system: You are a helpful assistant.
user:
Analyze the provided spectrum to determine if it is a **S-type Star**.

- **Key Indicators for S-type Star:**

    - **(Overall Spectrum Shape):** The first and most obvious characteristic is the overall continuum (the "baseline" shape). It is **extremely "red-sloping,"** meaning the flux (light intensity) is very low on the left side (blue, ~4000-4500 Å) and rises steeply and continuously toward the right side (red, ~7000 Å+).

    - **(Primary):** The spectrum is defined by the presence of strong, broad molecular absorption "valleys" (bands) from **Zirconium Oxide (ZrO)**. The identification of these bands is the **primary requirement** for classifying a star as S-type.
        - **(Key Bandheads):** You must find distinct, deep "dips" where the light has been absorbed. The most critical band systems to locate are:
            - **~6474 Å** ($\gamma$-system): This is often the strongest and clearest ZrO feature, found in the red part of the spectrum.
            - **~5718 Å** & **~5551 Å** ($\beta$-system): A pair of prominent absorption features in the yellow-orange part of the spectrum.
            - **~4640 Å** ($\alpha$-system): A key absorption band system in the blue-green region of the spectrum.

    - **(Secondary Confirmation):** The classification is strengthened by finding additional absorption bands from other related heavy element oxides, which are expected to be present alongside ZrO.
        - **(Key Bandheads):**
            - **Yttrium Oxide (YO):** Look for absorption dips near **~4800 Å** and **~6100 Å**.
            - **Lanthanum Oxide (LaO):** Additional absorption features, particularly in the red-orange part of the spectrum, are also characteristic.

    - **(Line Profile):** The combination of the steep red continuum and these numerous, deep molecular bands (ZrO, YO, etc.) gives the entire spectrum a very **"chopped-up"** or **"bumpy"** appearance. Instead of a smooth curve, the spectrum looks as though large, wide chunks of light have been "carved out" of it at the specific wavelengths listed above.

Think first, call **spectral_visualization_tool** if needed to examine features in detail, then provide your final answer. Your response must adhere to the following strict rules:
1.  **Overall Structure:** Your response must follow the format `<think>...</think> <tool_call>...</tool_call> (if a tool is used) <answer>...</answer>`.
2.  **Tool Usage Constraint:** You may only make **one** tool call per turn.
3.  **Final Answer Format:** In the `<answer>` tag, your conclusion must be inside a `\boxed{}` command (e.g., `\boxed{YES}` or `\boxed{NO}`), followed by your justification.

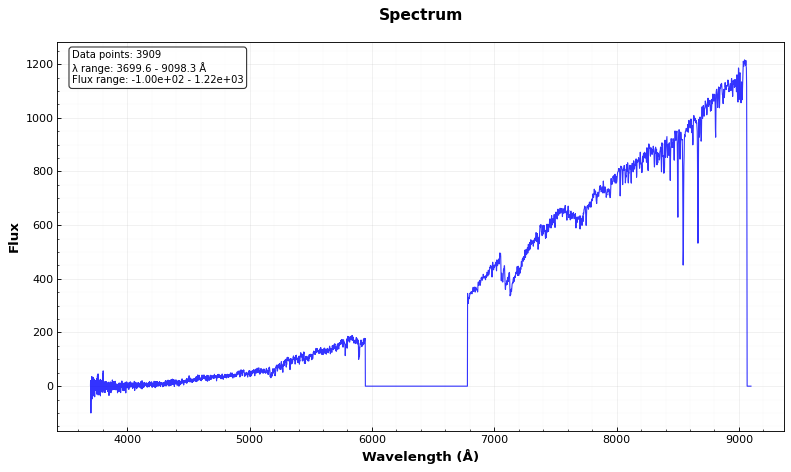
Answer: NO